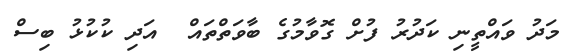
މަދު ވައްތީނި ކަދުރު ފުށް ގޮވާމުގެ ބާވަތްތައް  އަދި ކުކުޅު ބިސް